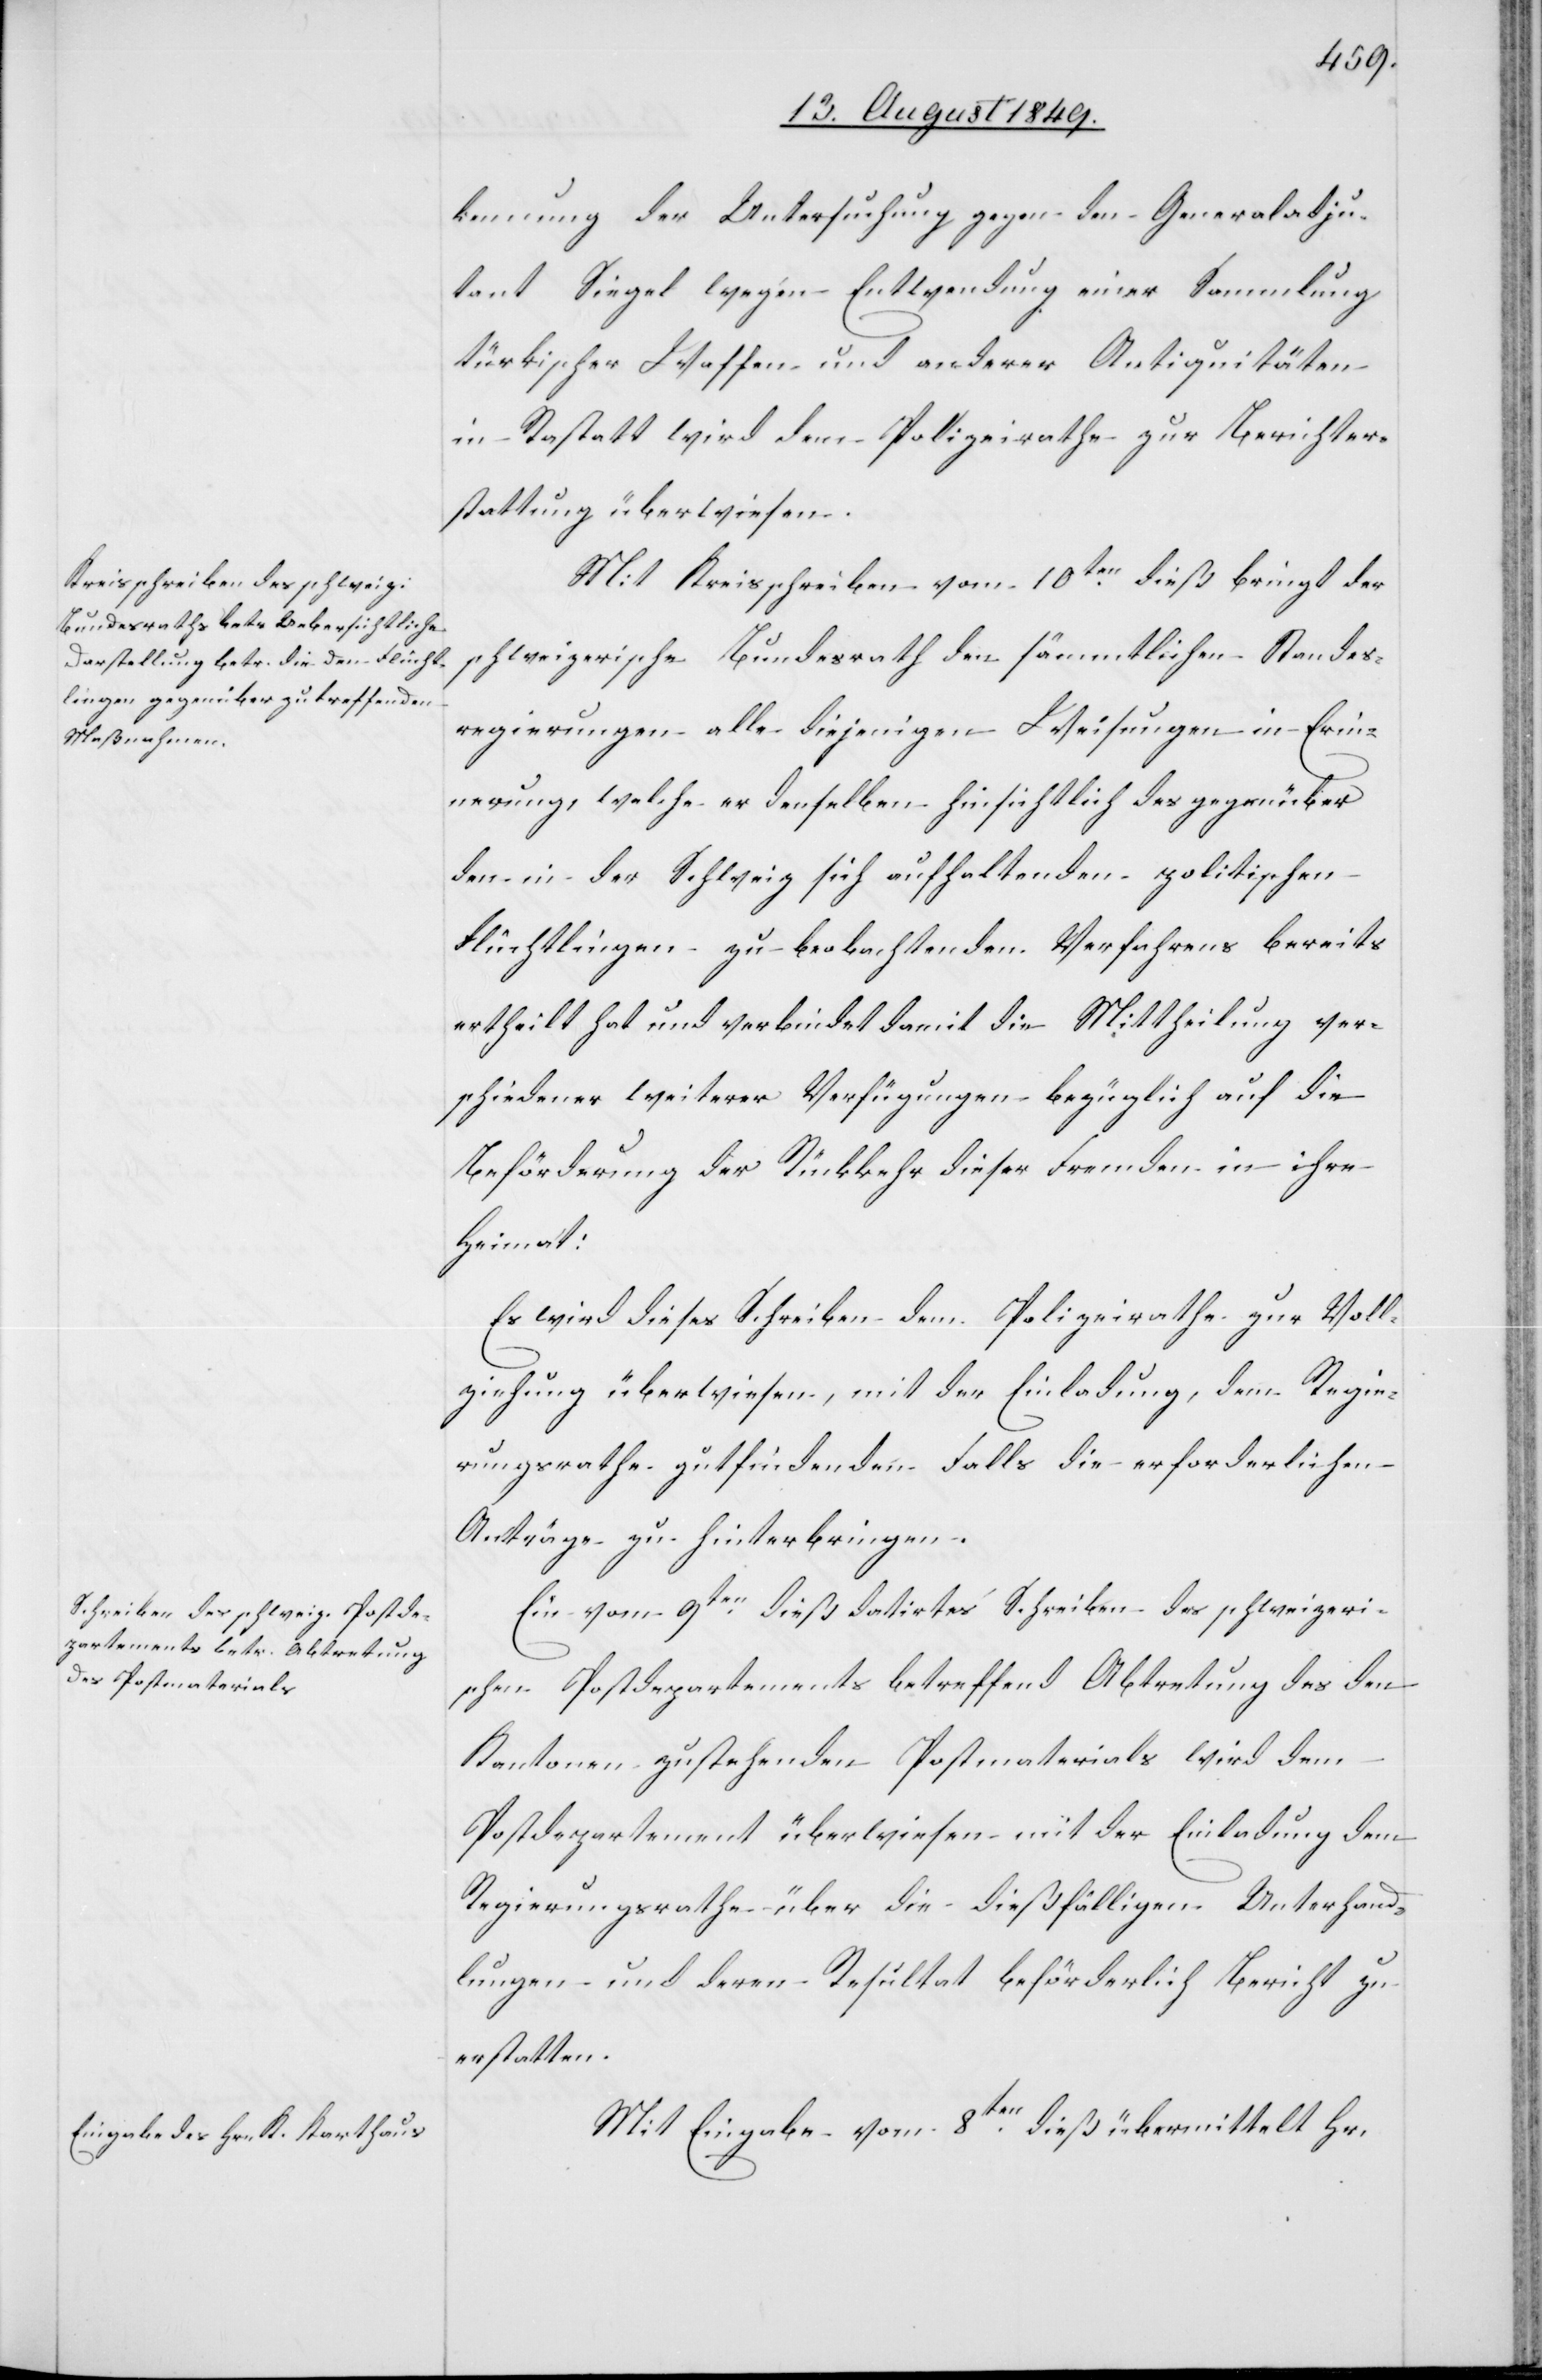
kennung der Untersuchung gegen den Generaladju¬
tant Siegel wegen Entwendung einer Sammlung
türkischer Waffen und anderer Antiquitäten
in Rastatt wird dem Polizeirathe zur Berichter¬
stattung überwiesen.
Mit Kreisschreiben vom 10ten dieß bringt der
schweizerische Bundesrath den sämmtlichen Standes¬
regierungen alle diejenigen Weisungen in Erin¬
nerung, welche er denselben hinsichtlich des gegenüber
den in der Schweiz sich aufhaltenden politischen
Flüchtlingen zu beobachtenden Verfahrens bereits
ertheilt hat und verbindet damit die Mittheilung ver¬
schiedener weiterer Verfügungen bezüglich auf die
Beförderung der Rückkehr dieser Fremden in ihre
Heimat:
Es wird dieses Schreiben dem Polizeirathe zur Voll¬
ziehung überwiesen, mit der Einladung, dem Regie¬
rungsrathe gutfindenden Falls die erforderlichen
Anträge zu hinterbringen.
Ein vom 9ten dieß datirtes Schreiben des schweizeri¬
schen Postdepartements betreffend Abtretung des den
Kantonen zustehenden Postmaterials wird dem
Postdepartement überwiesen mit der Einladung dem
Regierungsrathe über die dießfälligen Unterhand¬
lungen und deren Resultat beförderlich Bericht zu
erstatten.
Mit Eingabe vom 8ten dieß übermittelt Hr.